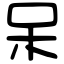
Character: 呆